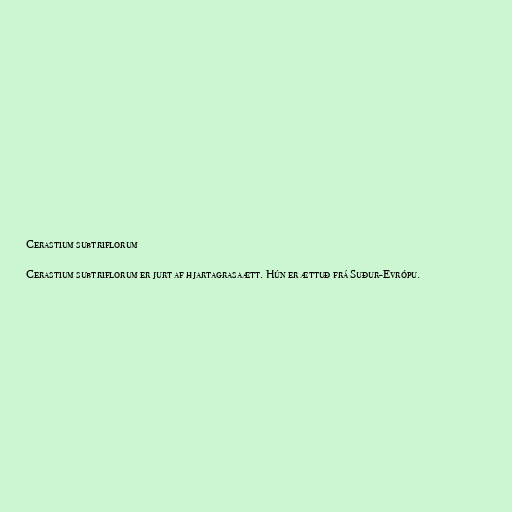
Cerastium subtriflorum

Cerastium subtriflorum er jurt af hjartagrasaætt. Hún er ættuð frá Suður-Evrópu.